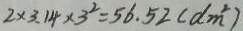
2 \times 3 . 1 4 \times 3 ^ { 2 } = 5 6 . 5 2 ( d m ^ { 2 } )